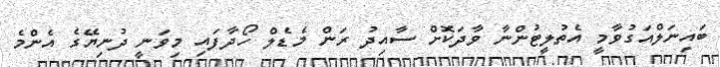
ބައިނަލްއަގުވާމީ އެތުލީޓުންނާ ވާދަކޮށް ސާއިދު ރަން މެޑެލް ހޯދާފައި މިވަނީ ދުނިޔޭގެ އެންމެ